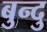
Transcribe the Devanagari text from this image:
बुन्दु